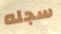
سجله